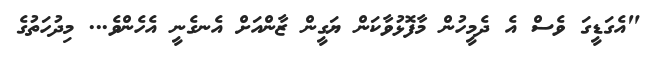
"އެގަޑީގަ ވެސް އެ ދެމީހުން މާފޮޅުވާކަން ޔަގީން ޒާންއަށް އެނގެނީ އެހެންވެ... މިދުހަތުގެ